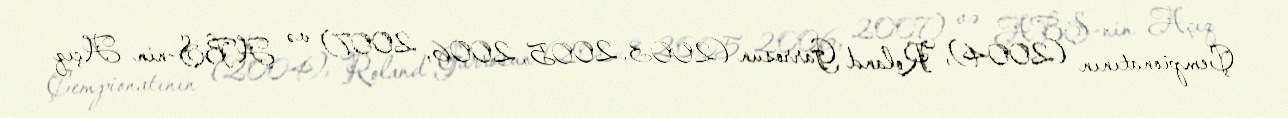
Çempionatının (2004), Roland Garrosun (2003, 2005, 2006, 2007) və ABŞ-nin Açıq